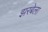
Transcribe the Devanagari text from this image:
झरबेला